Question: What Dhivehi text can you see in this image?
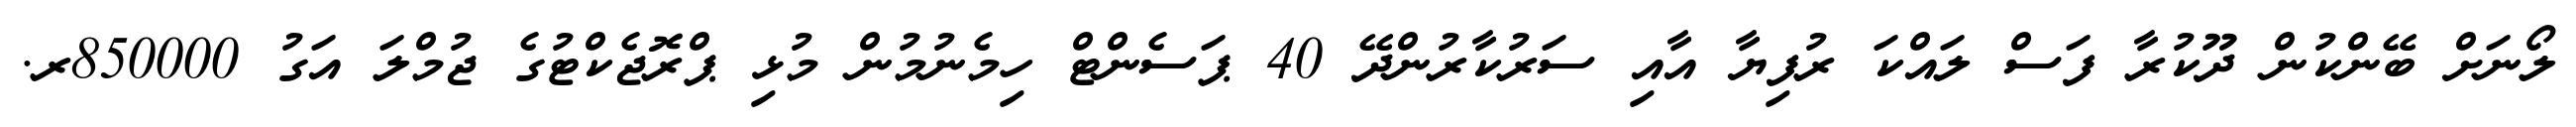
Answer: ލޯނަށް ބޭންކުން ދޫކުރާ ފަސް ލައްކަ ރުފިޔާ އާއި ސަރުކާރުންދޭ 40 ޕަސެންޓް ހިމެނުމުން މުޅި ޕްރޮޖެކްޓުގެ ޖުމްލަ އަގު 850000ރ.